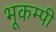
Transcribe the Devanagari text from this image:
भूकम्पी